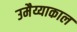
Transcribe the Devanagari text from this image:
उमैय्याकाल